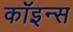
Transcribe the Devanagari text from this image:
कॉइन्स